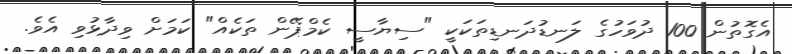
އެގޮތުން 100 ދުވަހުގެ ލަނޑުދަނޑިތަކަކީ "ސިޔާސީ ކެމްޕޭން ތަކެއް" ކަމަށް ވިދާޅުވި އެވެ.